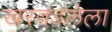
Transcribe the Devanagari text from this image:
खरवडलेला